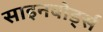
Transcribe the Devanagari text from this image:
साइनबोर्ड्स